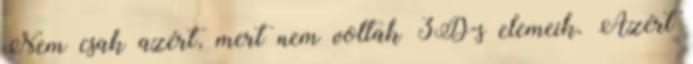
Nem csak azért, mert nem voltak 3D-s elemeik. Azért